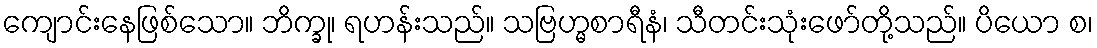
ကျောင်းနေဖြစ်သော။ ဘိက္ခု၊ ရဟန်းသည်။ သဗြဟ္မစာရီနံ၊ သီတင်းသုံးဖော်တို့သည်။ ပိယော စ၊